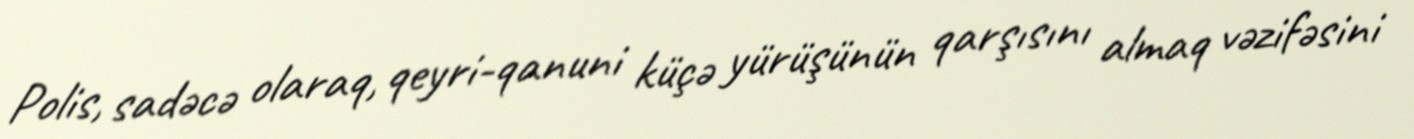
Polis, sadəcə olaraq, qeyri-qanuni küçə yürüşünün qarşısını almaq vəzifəsini